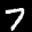
Label: 7